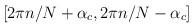
LaTeX: \begin{align*}[2\pi n/N +\alpha_{c}, 2\pi n/N -\alpha_{c}]\end{align*}